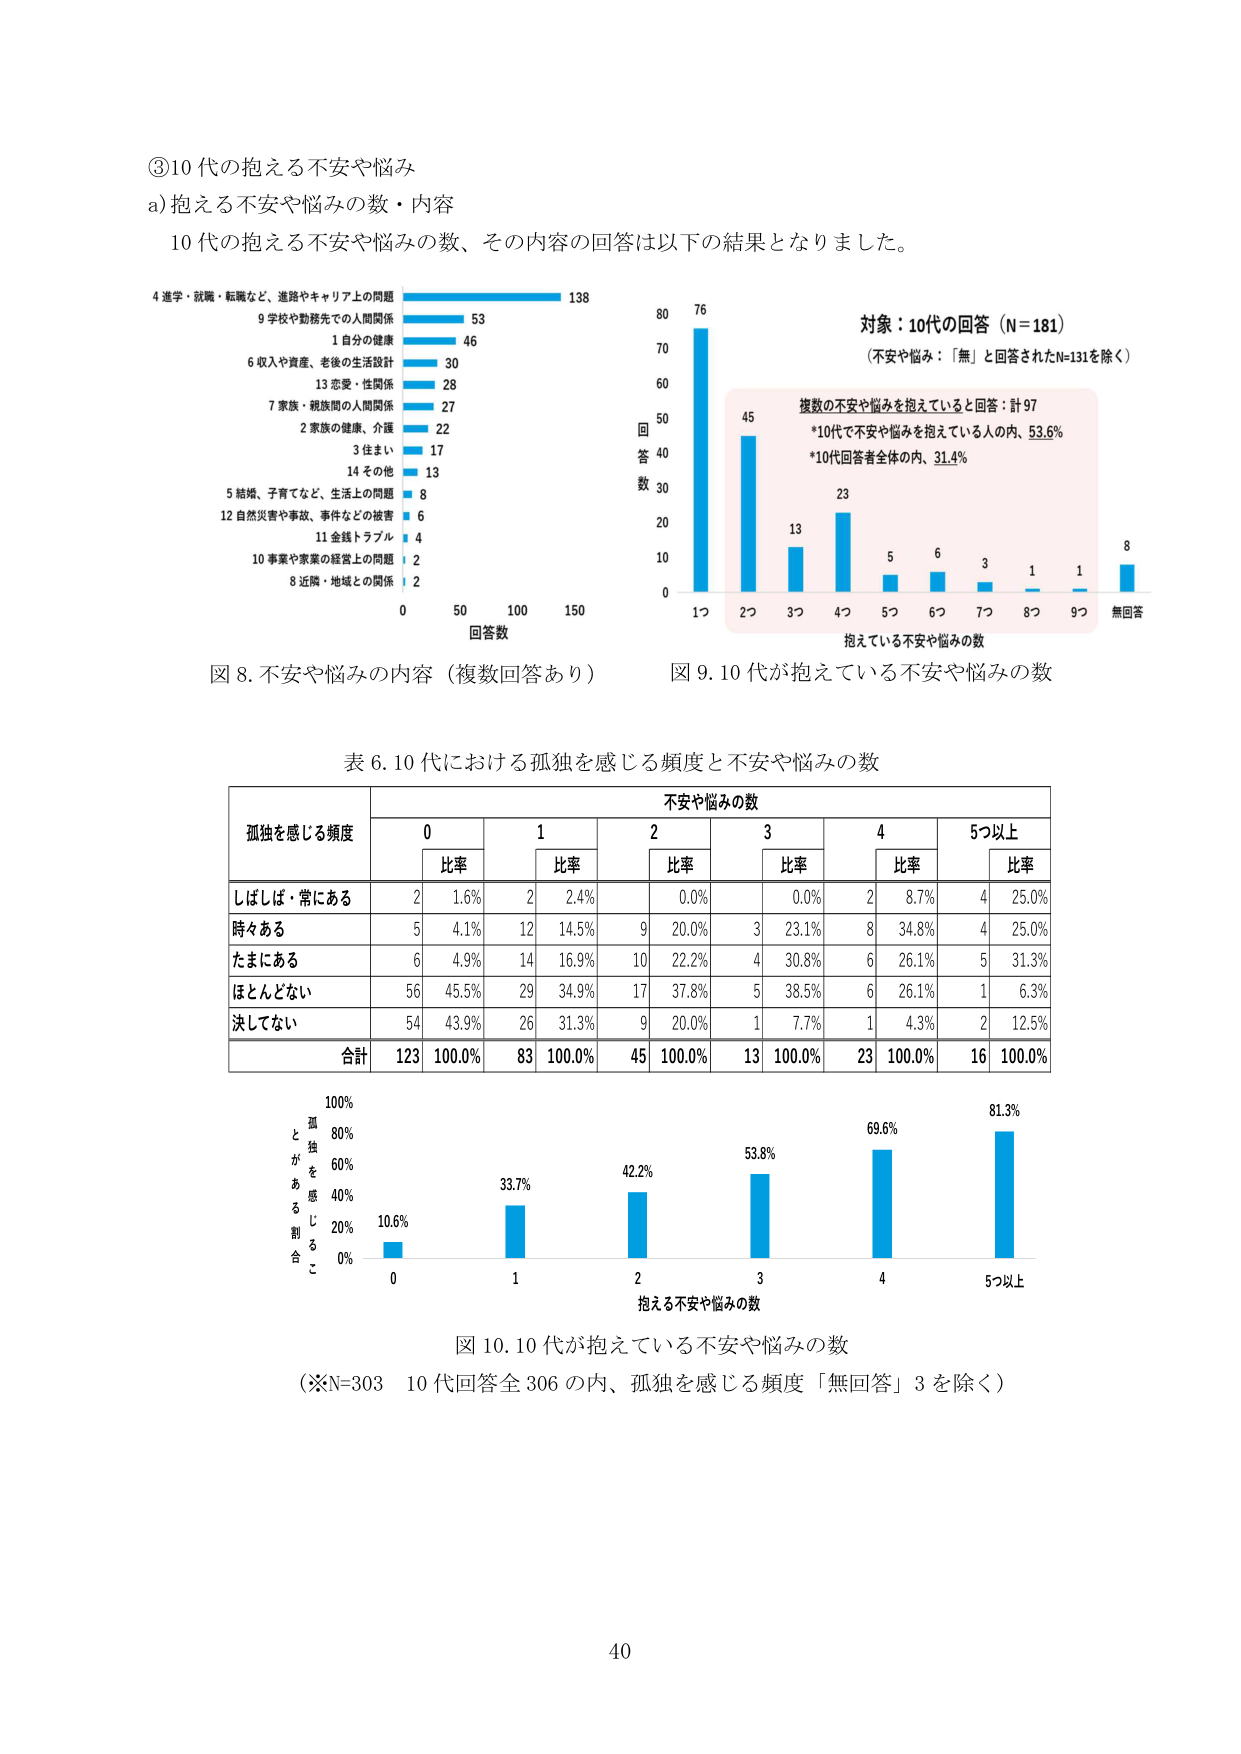
③10代の抱える不安や悩み
a) 抱える不安や悩みの数・内容
10代の抱える不安や悩みの数、その内容の回答は以下の結果となりました。

4 進学・就職・転職など、進路やキャリア上の問題 138
9 学校や勤務先での人間関係 53
1 自分の健康 46
6 収入や資産、老後の生活設計 30
13 恋愛・性関係 28
7 家族・親族間の人間関係 27
2 家族の健康、介護 22
3 住まい 17
14 その他 13
5 結婚、子育てなど、生活上の問題 8
12 自然災害や事故、事件などの被害 6
11 金銭トラブル 4
10 事業や家業の経営上の問題 2
8 近隣・地域との関係 2

回答数
0 50 100 150

図 8. 不安や悩みの内容（複数回答あり）

対象：10代の回答（N=181）
（不安や悩み：「無」と回答されたN=131を除く）

複数の不安や悩みを抱えていると回答：計97
*10代で不安や悩みを抱えている人の内、53.6%
*10代回答者全体の内、31.4%

回答数
80 76
70
60
50 45
40
30 13
20
10 23
0
1つ 2つ 3つ 4つ 5つ 6つ 7つ 8つ 9つ 無回答

抱えている不安や悩みの数

図 9. 10代が抱えている不安や悩みの数

表 6. 10代における孤独を感じる頻度と不安や悩みの数

孤独を感じる頻度 不安や悩みの数
0 1 2 3 4 5つ以上
比率 比率 比率 比率 比率 比率
しばしば・常にあら 2 1.6% 2 2.4% 0.0% 0.0% 2 8.7% 4 25.0%
時々ある 5 4.1% 12 14.5% 9 20.0% 3 23.1% 8 34.8% 4 25.0%
たまにある 6 4.9% 14 16.9% 10 22.2% 4 30.8% 6 26.1% 5 31.3%
ほとんどない 56 45.5% 29 34.9% 17 37.8% 5 38.5% 6 26.1% 1 6.3%
決してない 54 43.9% 26 31.3% 9 20.0% 1 7.7% 1 4.3% 2 12.5%
合計 123 100.0% 83 100.0% 45 100.0% 13 100.0% 23 100.0% 16 100.0%

100%
孤独を感じる割合
80%
60%
40%
20%
0%
10.6%
33.7%
42.2%
53.8%
69.6%
81.3%
0 1 2 3 4 5つ以上
抱える不安や悩みの数

図 10. 10代が抱えている不安や悩みの数
（※N=303 10代回答全306の内、孤独を感じる頻度「無回答」3を除く）

40